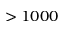
> 1 0 0 0